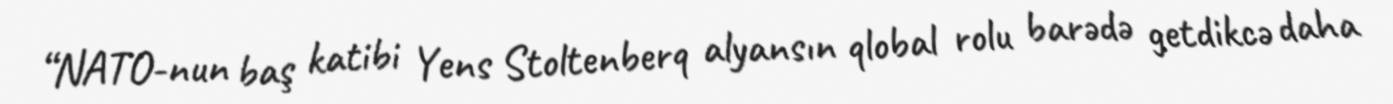
“NATO-nun baş katibi Yens Stoltenberq alyansın qlobal rolu barədə getdikcə daha